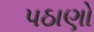
પઠાણો